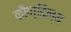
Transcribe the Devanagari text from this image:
कौण्डिल्य